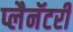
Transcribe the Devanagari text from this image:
प्लैनॅटरी